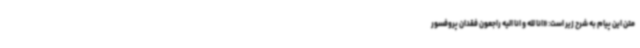
متن این پیام به شرح زیر است: «انا لله و انا الیه راجعون فقدان پروفسور